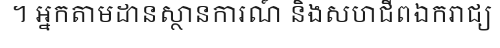
។ អ្នកតាមដានស្ថានការណ៍ និងសហជីពឯករាជ្យ